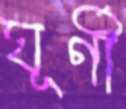
ঘূর্ণী